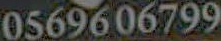
0569606799